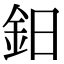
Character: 鈤